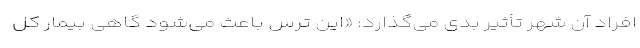
افراد آن شهر تأثیر بدی می‌گذارد: «این ترس باعث می‌شود گاهی بیمار کل